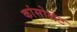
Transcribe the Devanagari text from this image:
कांसोलेट